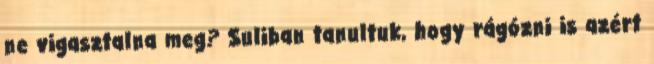
ne vigasztalna meg? Suliban tanultuk, hogy rágózni is azért